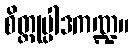
စိတ္တုပ္ပါဒကဏ္ဍ။